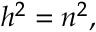
h ^ { 2 } = n ^ { 2 } ,